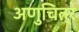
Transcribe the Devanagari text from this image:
अणुचित्र